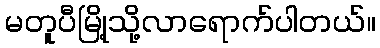
မတူပီမြို့သို့လာရောက်ပါတယ်။